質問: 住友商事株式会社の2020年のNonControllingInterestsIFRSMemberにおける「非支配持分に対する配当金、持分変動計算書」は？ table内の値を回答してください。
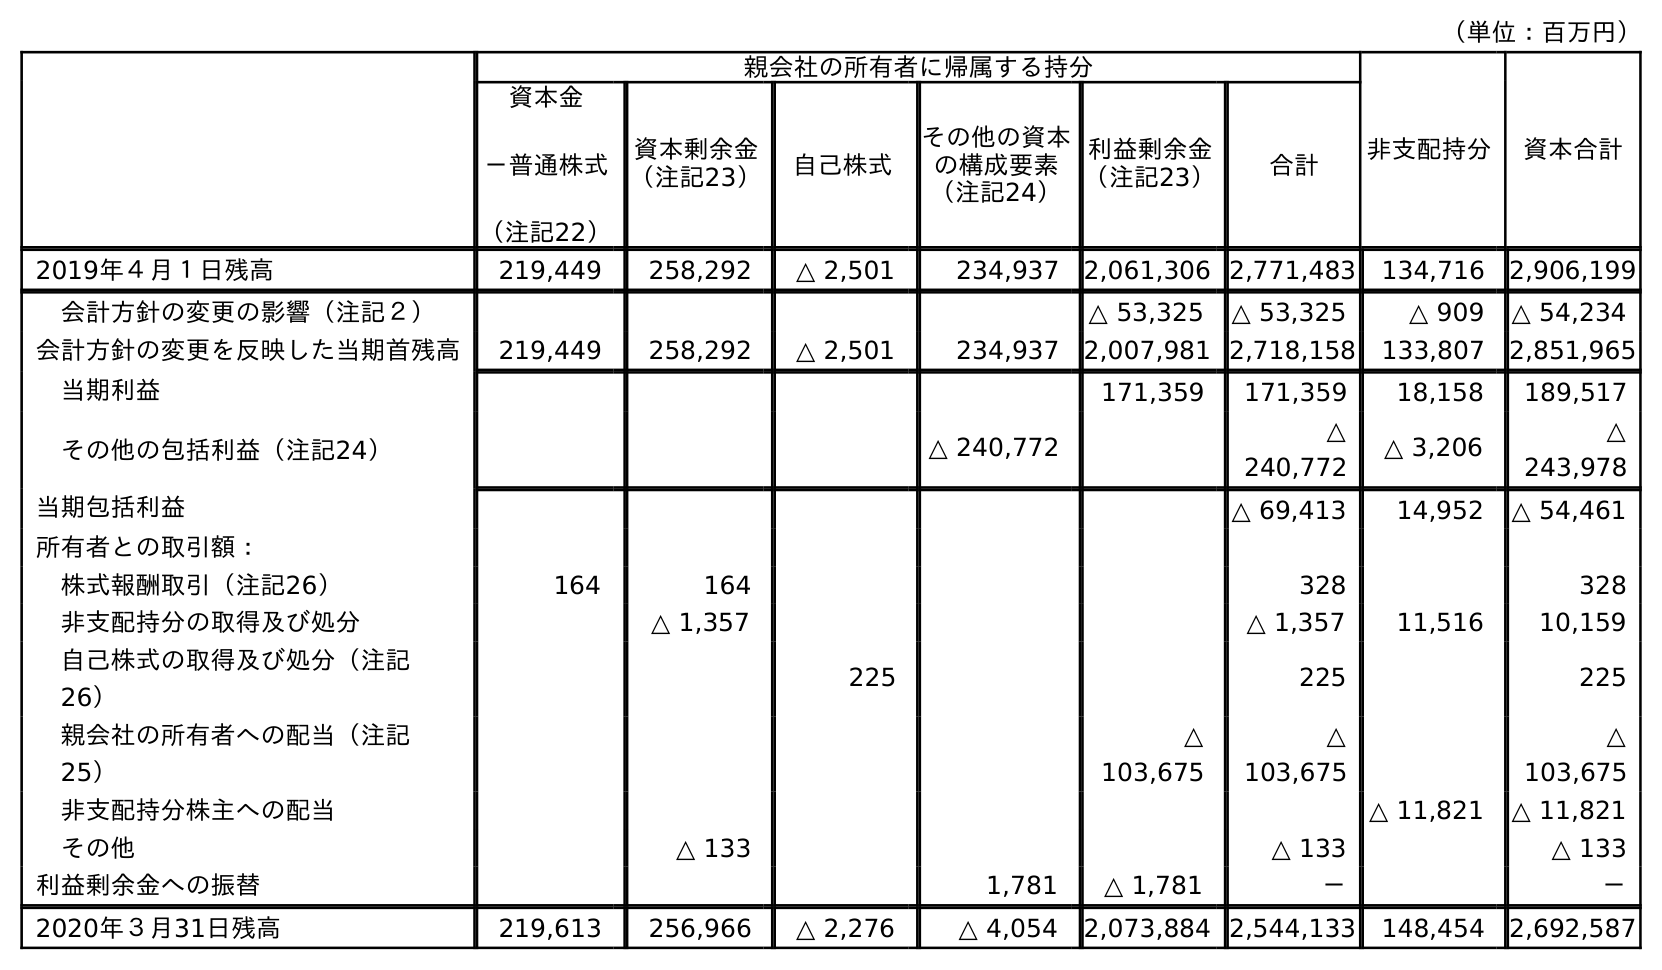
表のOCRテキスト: （単位：百万円） 親会社の所有者に帰属する持分 非支配持分 資本合計 資本金 －普通株式 （注記22） 資本剰余金 （注記23） 自己株式 その他の資本 の構成要素 （注記24） 利益剰余金 （注記23） 合計 2019年４月１日残高 219,449 258,292 △ 2,501 234,937 2,061,306 2,771,483 134,716 2,906,199 会計方針の変更の影響（注記２） △ 53,325 △ 53,325 △ 909 △ 54,234 会計方針の変更を反映した当期首残高 219,449 258,292 △ 2,501 234,937 2,007,981 2,718,158 133,807 2,851,965 当期利益 171,359 171,359 18,158 189,517 その他の包括利益（注記24） △ 240,772 △ 240,772 △ 3,206 △ 243,978 当期包括利益 △ 69,413 14,952 △ 54,461 所有者との取引額： 株式報酬取引（注記26） 164 164 328 328 非支配持分の取得及び処分 △ 1,357 △ 1,357 11,516 10,159 自己株式の取得及び処分（注記 26） 225 225 225 親会社の所有者への配当（注記 25） △ 103,675 △ 103,675 △ 103,675 非支配持分株主への配当 △ 11,821 △ 11,821 その他 △ 133 △ 133 △ 133 利益剰余金への振替 1,781 △ 1,781 － － 2020年３月31日残高 219,613 256,966 △ 2,276 △ 4,054 2,073,884 2,544,133 148,454 2,692,587
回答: △11,821